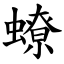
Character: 蟟